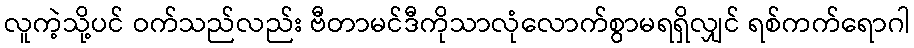
လူကဲ့သို့ပင် ဝက်သည်လည်း ဗီတာမင်ဒီကိုသာလုံလောက်စွာမရရှိလျှင် ရစ်ကက်ရောဂါ